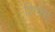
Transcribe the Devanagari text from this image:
शिक्स